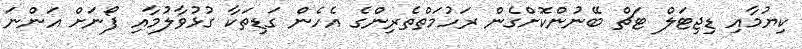
ކިޔުމާއި ޑިޖިޓަލް ޓަޗް ބޭނުންކޮށްގެން ރަހުމަތްތެރިންގެ އެހެން ގަޑިތަކާ ގުޅުވާލުމާއި ފޯނަށް އަންނަ